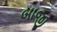
બાજી